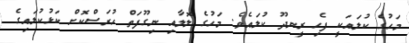
މަހުގެ ކުލައަކީ ފެހި ރީނދޫ ކުލައެވެ. މަހުގެ ލޮލާއި ނިގޫފަތް ހުރަސްކޮށް ކަޅުކުލައިގެ